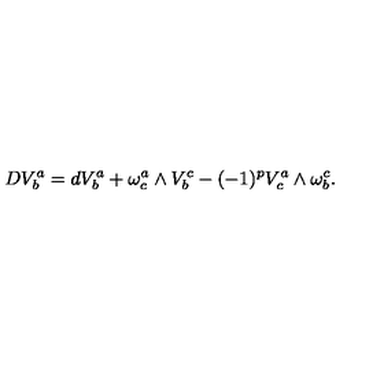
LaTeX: D V _ { b } ^ { a } = d V _ { b } ^ { a } + \omega _ { c } ^ { a } \wedge V _ { b } ^ { c } - ( - 1 ) ^ { p } V _ { c } ^ { a } \wedge \omega _ { b } ^ { c } .